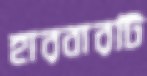
হারবারটি